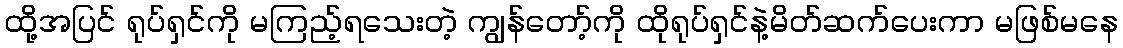
ထို့အပြင် ရုပ်ရှင်ကို မကြည့်ရသေးတဲ့ ကျွန်တော့်ကို ထိုရုပ်ရှင်နဲ့မိတ်ဆက်ပေးကာ မဖြစ်မနေ